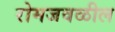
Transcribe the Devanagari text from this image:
रोमजवळील